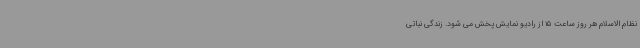
نظام الاسلام هر روز ساعت 15 از رادیو نمایش پخش می شود. زندگی نباتی